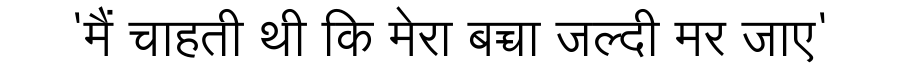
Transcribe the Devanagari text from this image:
'मैं चाहती थी कि मेरा बच्चा जल्दी मर जाए'